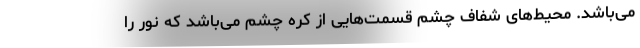
می‌باشد. محیط‌های شفاف چشم قسمت‌هایی از کره چشم می‌باشد که نور را